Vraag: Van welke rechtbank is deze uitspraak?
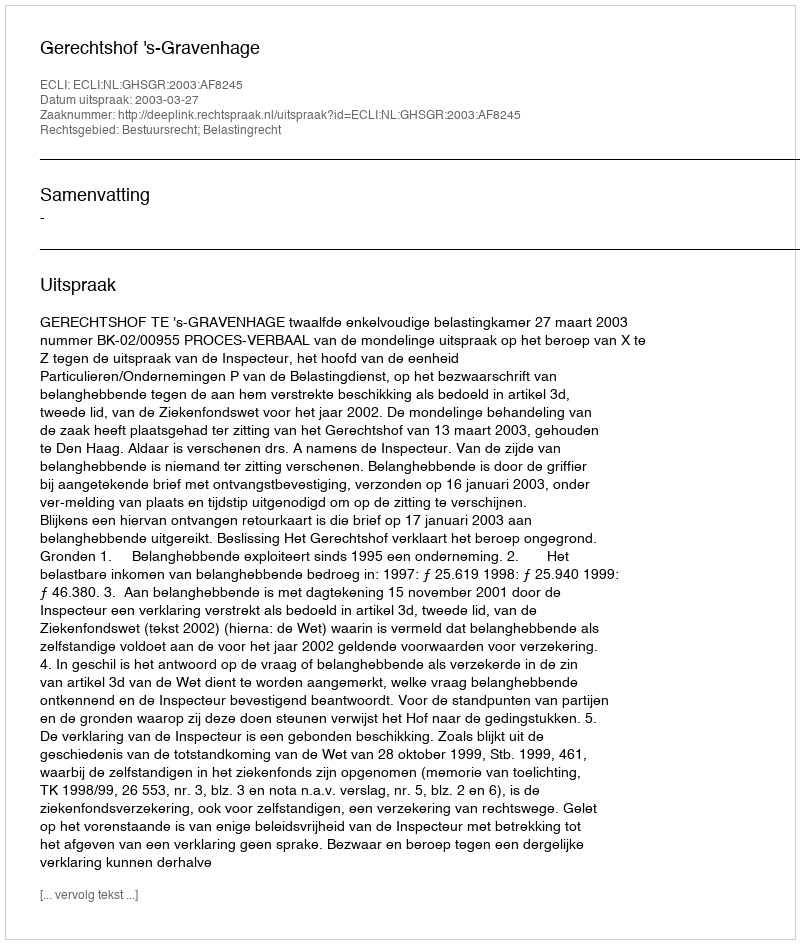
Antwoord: Gerechtshof 's-Gravenhage